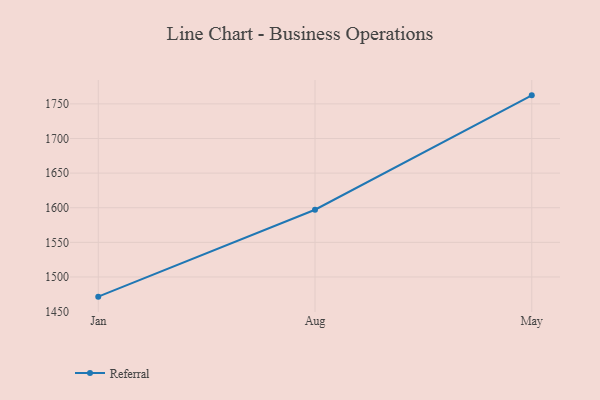
{"axis": {"x": "Month", "y": "Bounce Rate (%)"}, "legend": ["Referral"], "data": [{"x": "Jan", "y": 1471.6, "type": "Referral"}, {"x": "Aug", "y": 1597.1, "type": "Referral"}, {"x": "May", "y": 1762.3, "type": "Referral"}]}